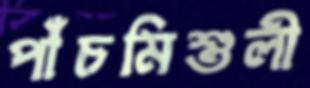
পাঁচমিশুলী